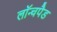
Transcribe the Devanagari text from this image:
लॉन्चपैड